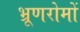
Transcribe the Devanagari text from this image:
भ्रूणरोमों